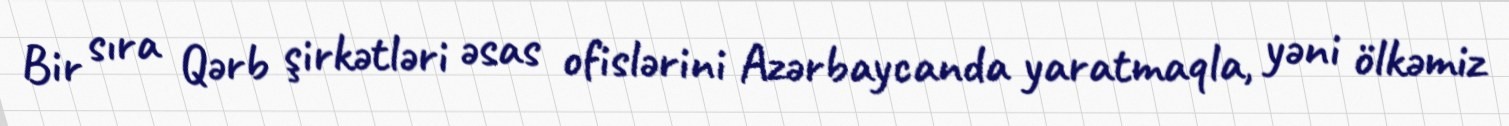
Bir sıra Qərb şirkətləri əsas ofislərini Azərbaycanda yaratmaqla, yəni ölkəmiz